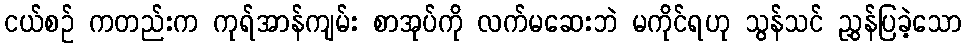
ငယ်စဉ် ကတည်းက ကုရ်အာန်ကျမ်း စာအုပ်ကို လက်မဆေးဘဲ မကိုင်ရဟု သွန်သင် ညွှန်ပြခဲ့သော